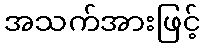
အသက်အားဖြင့်